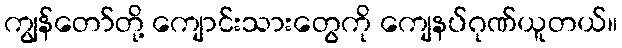
ကျွန်တော်တို့ ကျောင်းသားတွေကို ကျေနပ်ဂုဏ်ယူတယ်။